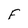
Character: F